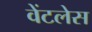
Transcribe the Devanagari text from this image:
वेंटलेस